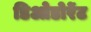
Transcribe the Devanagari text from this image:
डिओडोरेंट